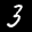
Label: 3